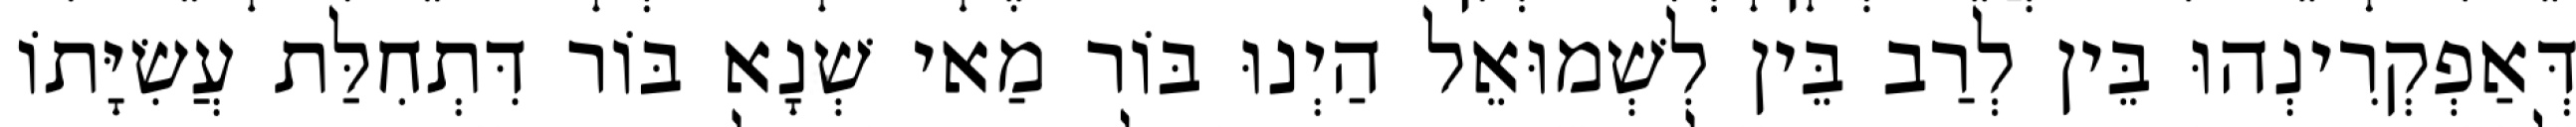
דְּאַפְקְרִינְהוּ בֵּין לְרַב בֵּין לִשְׁמוּאֵל הַיְנוּ בּוֹר מַאי שְׁנָא בּוֹר דִּתְחִלַּת עֲשִׂיָּתוֹ